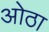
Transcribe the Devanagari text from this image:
ओठा